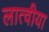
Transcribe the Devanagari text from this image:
लात्वीया